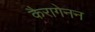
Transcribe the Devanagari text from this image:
कैरागेनन